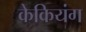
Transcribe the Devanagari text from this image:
केकियंग